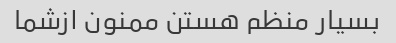
بسیار منظم هستن ممنون ازشما